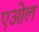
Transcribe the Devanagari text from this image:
एओल